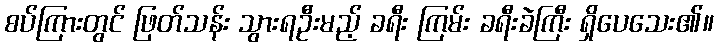
စပ်ကြားတွင် ဖြတ်သန်း သွားရဦးမည့် ခရီး ကြမ်း ခရီးခဲကြီး ရှိပေသေး၏။